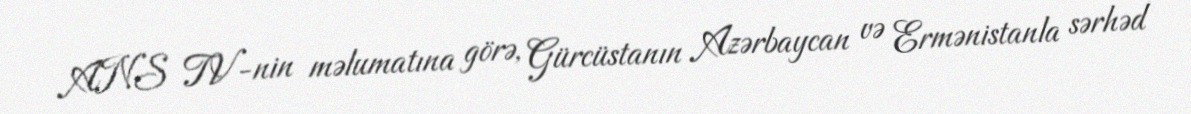
ANS TV-nin məlumatına görə, Gürcüstanın Azərbaycan və Ermənistanla sərhəd